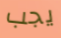
يجب